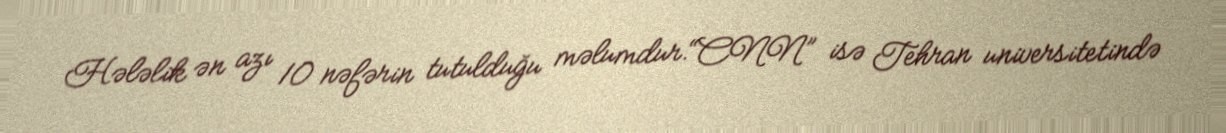
Hələlik ən azı 10 nəfərin tutulduğu məlumdur.“CNN” isə Tehran universitetində